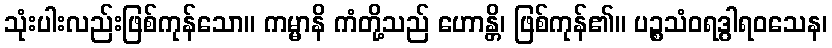
သုံးပါးလည်းဖြစ်ကုန်သော။ ကမ္မာနိ ကံတို့သည် ဟောန္တိ၊ ဖြစ်ကုန်၏။ ပဉ္စသံဝရဒွါရဝသေန၊